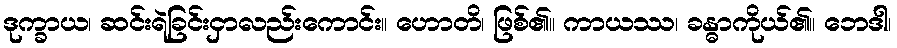
ဒုက္ခာယ၊ ဆင်းရဲခြင်းငှာလည်းကောင်း။ ဟောတိ၊ ဖြစ်၏။ ကာယဿ၊ ခန္ဓာကိုယ်၏။ ဘေဒါ၊